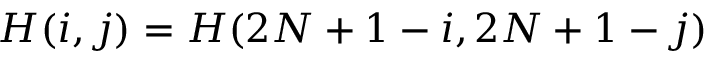
H ( i , j ) = H ( 2 N + 1 - i , 2 N + 1 - j )